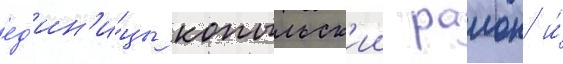
ед'ин'и́цы копыльск'ии раион и́